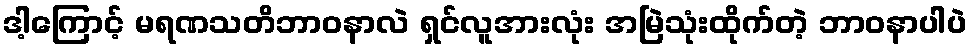
ဒါ့ကြောင့် မရဏသတိဘာဝနာလဲ ရှင်လူအားလုံး အမြဲသုံးထိုက်တဲ့ ဘာဝနာပါပဲ